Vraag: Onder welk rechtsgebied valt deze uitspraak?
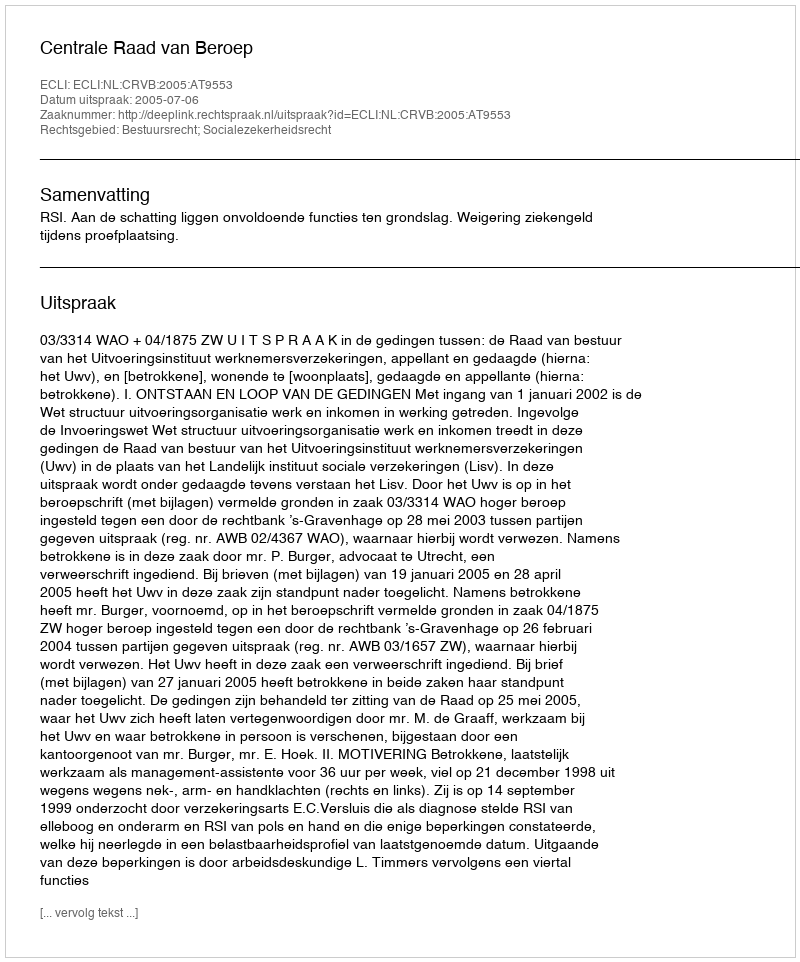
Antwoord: Bestuursrecht; Socialezekerheidsrecht